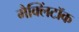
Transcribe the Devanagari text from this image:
मैक्लिंटॉक